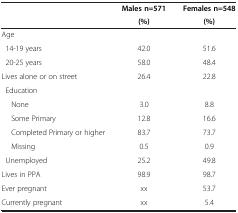
<table><thead><tr><td><b> </b></td><td><b>Males n=571</b></td><td><b>Females n=548</b></td></tr><tr><td><b> </b></td><td><b>(%)</b></td><td><b>(%)</b></td></tr></thead><tbody><tr><td>Age</td><td> </td><td> </td></tr><tr><td> 14-19 years</td><td>42.0</td><td>51.6</td></tr><tr><td> 20-25 years</td><td>58.0</td><td>48.4</td></tr><tr><td>Lives alone or on street</td><td>26.4</td><td>22.8</td></tr><tr><td> Education</td><td> </td><td> </td></tr><tr><td>None</td><td>3.0</td><td>8.8</td></tr><tr><td>Some Primary</td><td>12.8</td><td>16.6</td></tr><tr><td>Completed Primary or higher</td><td>83.7</td><td>73.7</td></tr><tr><td>Missing</td><td>0.5</td><td>0.9</td></tr><tr><td> Unemployed</td><td>25.2</td><td>49.8</td></tr><tr><td>Lives in PPA</td><td>98.9</td><td>98.7</td></tr><tr><td>Ever pregnant</td><td>xx</td><td>53.7</td></tr><tr><td>Currently pregnant</td><td>xx</td><td>5.4</td></tr></tbody></table>